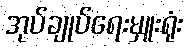
အုပ်ချုပ်ရေးမှူးရုံး